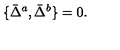
\{ \bar { \Delta } ^ { a } , \bar { \Delta } ^ { b } \} = 0 .